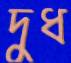
দুধ